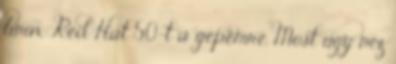
linux Red Hat 5.0-t a gepemre. Most ugy nez